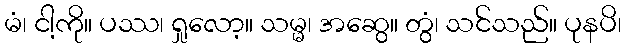
မံ၊ ငါ့ကို။ ပဿ၊ ရှုလော့။ သမ္မ၊ အဆွေ။ တွံ၊ သင်သည်။ ပုနပိ၊